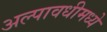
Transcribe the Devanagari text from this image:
अल्पावधीमध्ये